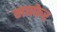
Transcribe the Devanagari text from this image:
गफ्फेर